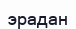
эрадан